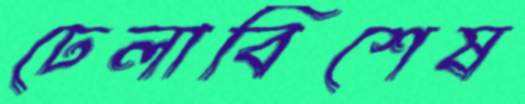
ঢেলাবিশেষ